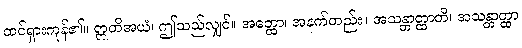
ထင်ရှားကုန်၏။ ဣတိအယံ၊ ဤသည်လျှင်။ အတ္ထော၊ အနက်တည်း။ အသန္တာတ္ထာတိ၊ အသန္တာတ္ထာ